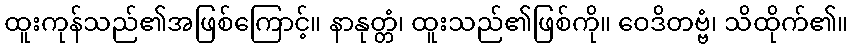
ထူးကုန်သည်၏အဖြစ်ကြောင့်။ နာနုတ္တံ၊ ထူးသည်၏ဖြစ်ကို။ ဝေဒိတဗ္ဗံ၊ သိထိုက်၏။